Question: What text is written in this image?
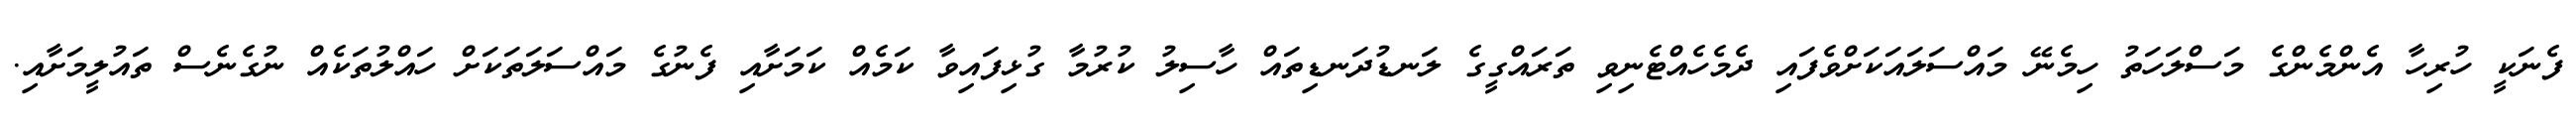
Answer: ފެނަކީ ހުރިހާ އެންމެންގެ މަސްލަހަތު ހިމެނޭ މައްސަލައަކަށްވެފައި ދެމެހެއްޓެނިވި ތަރައްގީގެ ލަނޑުދަނޑިތައް ހާސިލު ކުރުމާ ގުޅިފައިވާ ކަމެއް ކަމަށާއި ފެނުގެ މައްސަލަތަކަށް ހައްލުތަކެއް ނުގެނެސް ތައުލީމަށާއި.